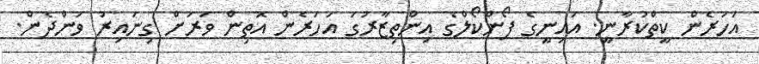
އަހަރެން ކީތްކުރާނީ. އައިނީގެ ފޯންކޯލްގެ އިންތިޒާރުގަ އަހަރެން އޮތިން ވަރަށް ގިނައިރު ވަންދެން.